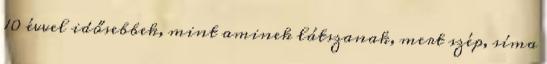
10 évvel idősebbek, mint aminek látszanak, mert szép, síma